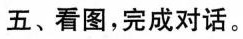
五、看图,完成对话.